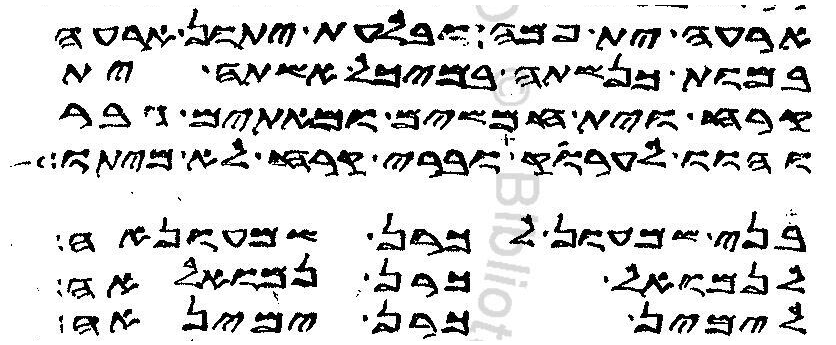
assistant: ארעה ית פמה ובלעת יתון ארעה
במות כנשתה במיכל אשתה ית
קרח וית חמשים ומאתים גבר
והוו לערוק וברי קרח לא מיתו
בני שמעון לכרן שמעונאה
לנמואל כרן נמואלאה
לימין כרן ימינאה